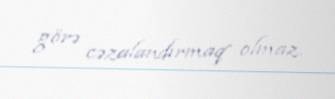
görə cəzalandırmaq olmaz.